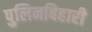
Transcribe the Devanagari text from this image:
पुलिनबिहारी